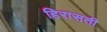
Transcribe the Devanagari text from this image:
हिरासती